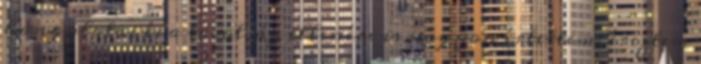
hangulatai és a távolság ellenére is nagyon értettem, éreztem